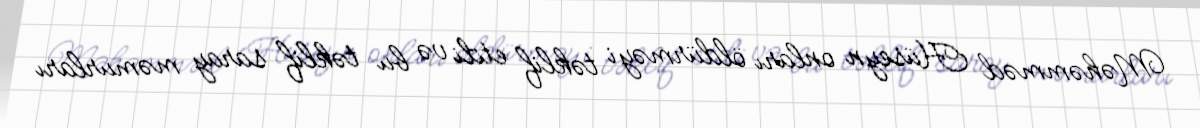
Məhəmməd Hüseyn onları öldürməyi təklif etdi və bu təklif saray məmurları